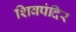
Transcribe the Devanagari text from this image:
शिवपंदिर